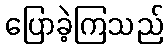
ပြောခဲ့ကြသည်